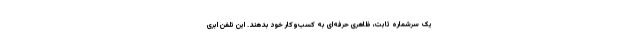
یک سرشماره ثابت، ظاهری حرفه‌ای به کسب‌وکار خود بدهند. این تلفن ابری